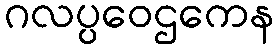
ဂလပ္ပဝေဌကေန